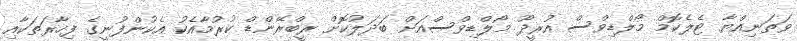
ވަތަނިއްޔާ ޓެލެކޮމް މޯލްޑިވްސް އުރީދޫ މޯލްޑިވްސްއަށް ބަދަލުކޮށް ރީބްރޭންޑް ކުރުމާއެކު އެކުންފުނީގެ ފިހާރަތަކާއި